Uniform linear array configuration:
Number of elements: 16
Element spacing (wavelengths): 1
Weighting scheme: binomial
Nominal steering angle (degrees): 15
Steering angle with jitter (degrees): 16.323
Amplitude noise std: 0.05
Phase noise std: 0.05

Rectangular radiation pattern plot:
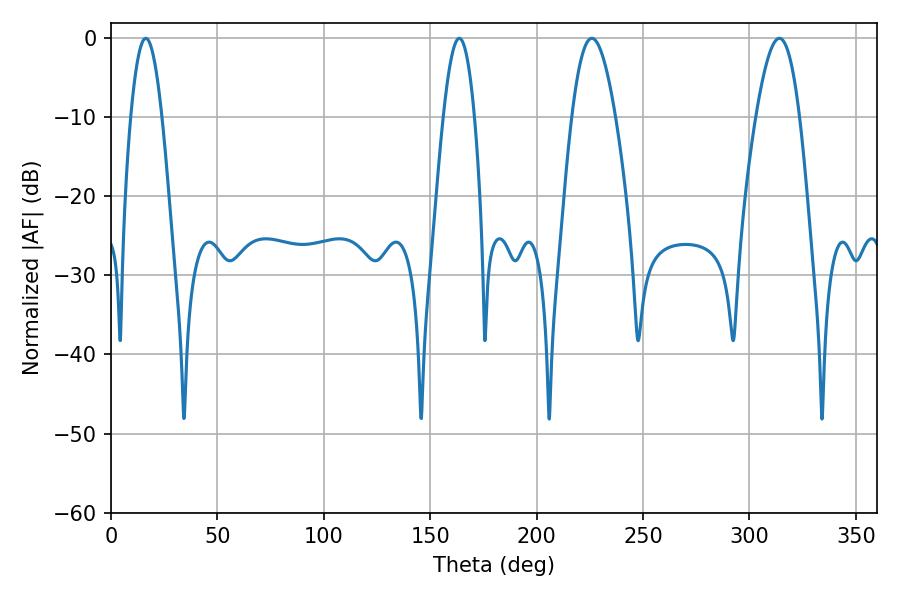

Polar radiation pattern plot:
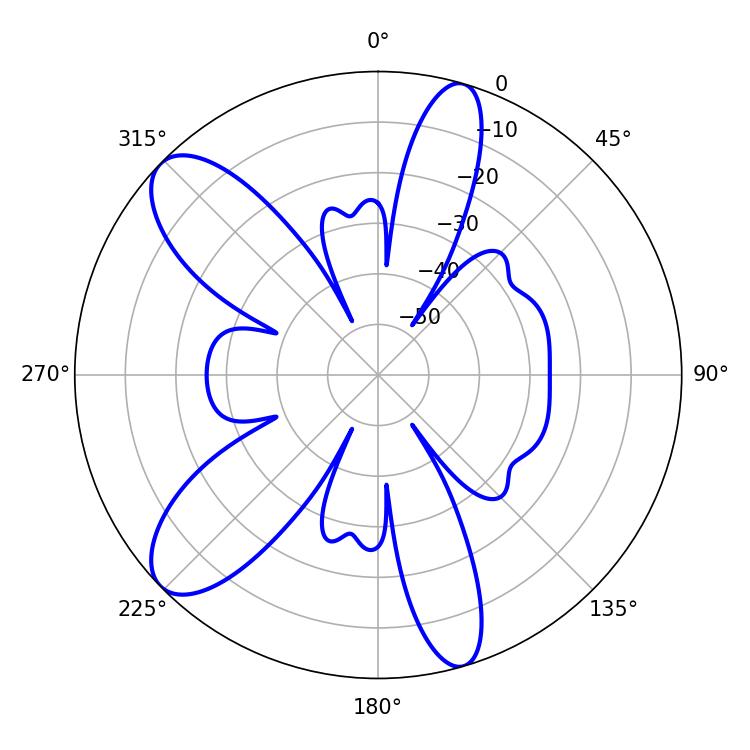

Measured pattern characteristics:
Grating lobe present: TRUE
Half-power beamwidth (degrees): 10.98
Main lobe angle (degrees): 225.9